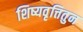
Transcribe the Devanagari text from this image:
शिष्यवृत्तितुन